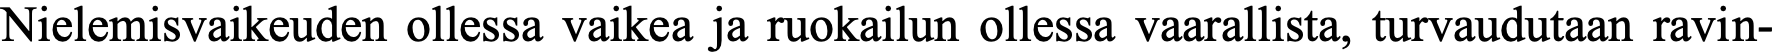
Nielemisvaikeuden ollessa vaikea ja ruokailun ollessa vaarallista, turvaudutaan ravin-